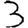
Digit: 3